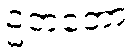
ဥဘတော